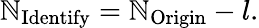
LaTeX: \mathbb{N}_{\mathrm{{Identify}}}=\mathbb{N}_{\mathrm{{Origin}}}-l.